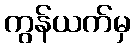
ကွန်ယက်မှ